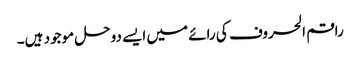
راقم الحروف کی رائے میں ایسے دوحل موجود ہیں۔